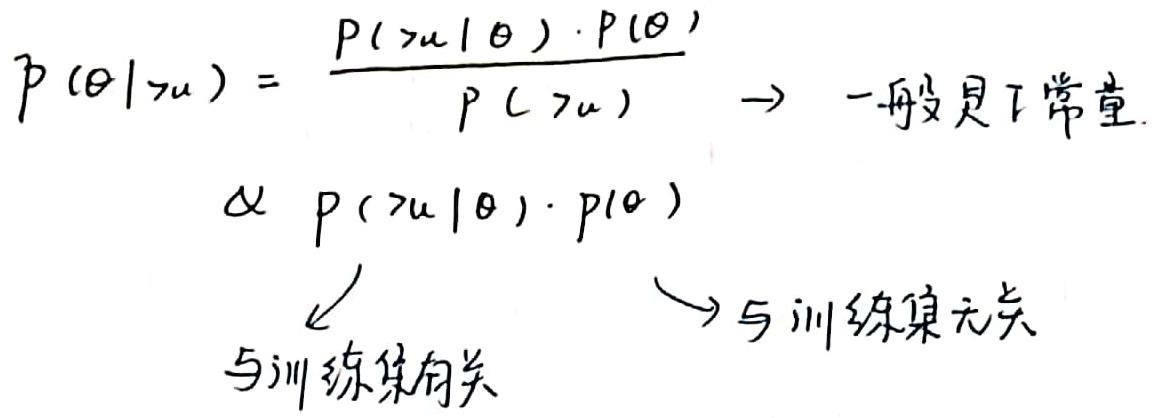
\(p(\theta|\mathcal{D})&=\frac{p(\mathcal{D}|\theta)\cdot p(\theta)}{p(\mathcal{D})}\to\)一般是常量\\
\(&\propto p(\mathcal{D}|\theta)\cdot p(\theta)\)\\
&\swarrow\quad\searrow\\
&与训练集有关\quad与训练集无关